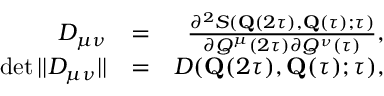
\begin{array} { r l r } { D _ { \mu \nu } } & { = } & { \frac { \partial ^ { 2 } S ( \mathbf { Q } ( 2 \tau ) , \mathbf { Q } ( \tau ) ; \tau ) } { \partial { Q } ^ { \mu } ( 2 \tau ) \partial { Q } ^ { \nu } ( \tau ) } , } \\ { \operatorname* { d e t } | | D _ { \mu \nu } | | } & { = } & { D ( \mathbf { Q } ( 2 \tau ) , \mathbf { Q } ( \tau ) ; \tau ) , } \end{array}